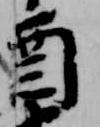
酉